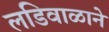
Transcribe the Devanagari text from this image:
लडिवाळाने